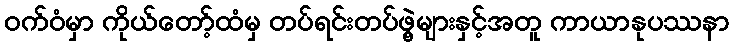
ဝက်ဝံမှာ ကိုယ်တော့်ထံမှ တပ်ရင်းတပ်ဖွဲ့များနှင့်အတူ ကာယာနုပဿနာ